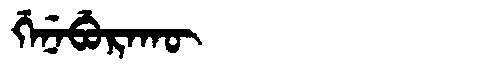
Manchu: ᡤᡝᠨᡝᠪᡠᡵᠠᡴᡡ
Romanization: GENEBURAKŪ